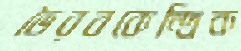
ভৈরবকেন্দ্রিক